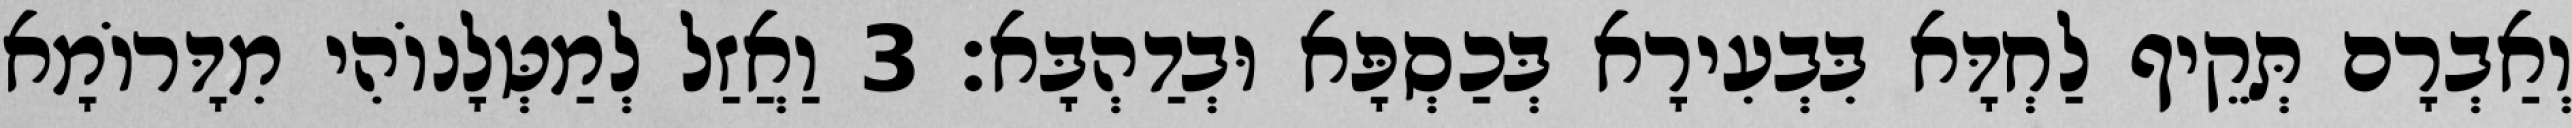
וְאַבְרָם תְּקֵיף לַחְדָּא בִּבְעִירָא בְּכַסְפָּא וּבְדַהְבָּא׃ 3 וַאֲזַל לְמַטְּלָנוֹהִי מִדָּרוֹמָא